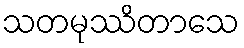
သတမုဿိတာသေ